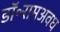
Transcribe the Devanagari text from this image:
डॉ॰रामअवध